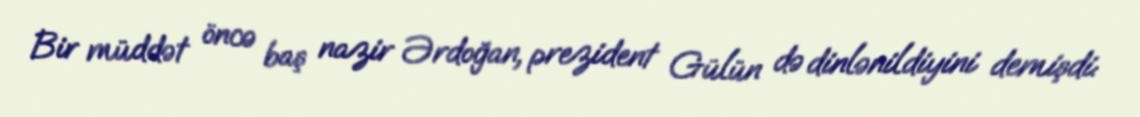
Bir müddət öncə baş nazir Ərdoğan, prezident Gülün də dinlənildiyini demişdi: